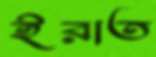
ইরাত